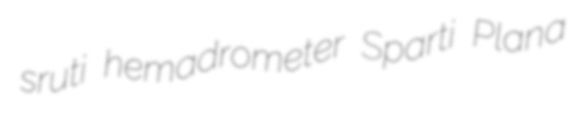
sruti hemadrometer Sparti Plana